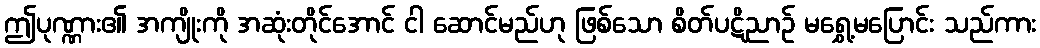
ဤပုဏ္ဏား၏ အကျိုးကို အဆုံးတိုင်အောင် ငါ ဆောင်မည်ဟု ဖြစ်သော စိတ်ပဋိညာဉ် မရွှေ့မပြောင်း သည်ကား